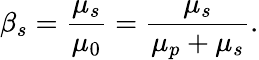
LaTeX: \beta_{s}=\frac{\mu_{s}}{\mu_{0}}=\frac{\mu_{s}}{\mu_{p}+\mu_{s}}.